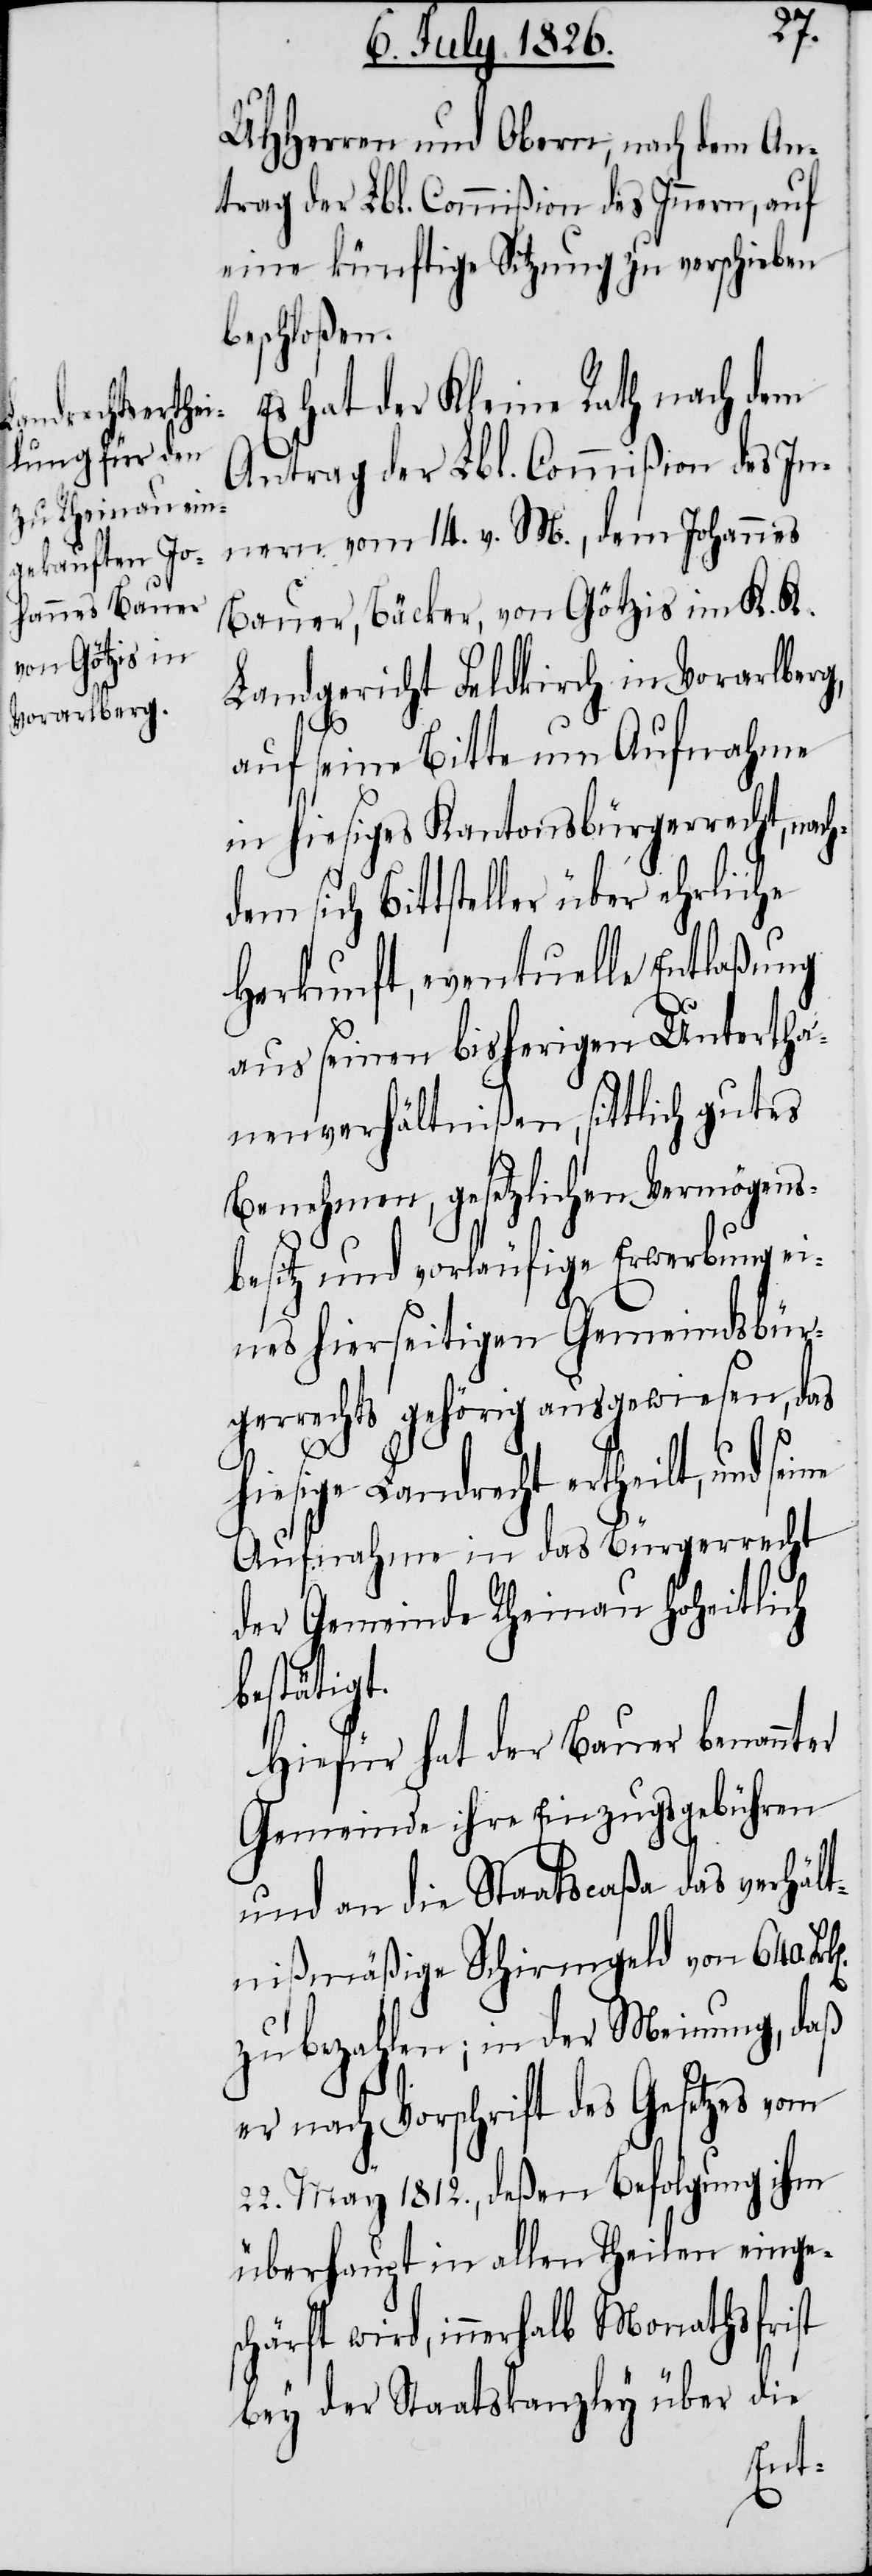
MHHerren und Obern, nach dem An¬
trag der Lbl. Commißion des Innern, auf
eine künftige Sitzung zu verschieben
beschloßen.
Es hat der Kleine Rath nach dem
Antrag der Lbl. Commißion des In¬
nern vom 14. v. M., dem Johannes
Bauer, Bäcker, von Götzis im K. K.
Landgericht Feldkirch im Vorarlberg,
auf seine Bitte um Aufnahme
in hiesiges Kantonsbürgerrecht, nac¬
em sich Bittsteller über ehrliche
Herkunft, eventuelle Entlaßung
aus seinen bisherigen Untertha¬
nenverhältnißen, sittlich gutes
Benehmen, gesetzlichen Vermögens¬
besitz und vorläufige Erwerbung ei¬
nes hierseitigen Gemeindsbür¬
gerrechts gehörig ausgewiesen, das
hiesige Landrecht ertheilt, und
Aufnahme in das Bürgerrecht
der Gemeinde Rheinau Hoheitlich
bestätigt.
Hiefür hat der Bauer benannter
Gemeinde ihre Einzugsgebühren
und an die Staatscaßa das verhält¬
nißmäßige Schirmgeld von 640.
zu bezahlen; in der Meinung, daß
er nach Vorschrift des Gesetzes vom
22. May 1812., deßen Befolgung ihm
überhaupt in allen Theilen einges¬
chärft wird, innerhalb Monathsfrist
bey der Staatskanzley über die
hd¬